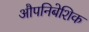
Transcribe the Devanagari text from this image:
औपनिबेशिक